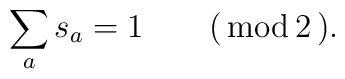
\sum_{a}s_{a} = 1\qquad (\,\textrm{mod} \, 2\,).